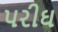
પરીઘ